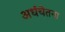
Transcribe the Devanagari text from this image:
अर्धचेतना